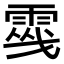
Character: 𩃔